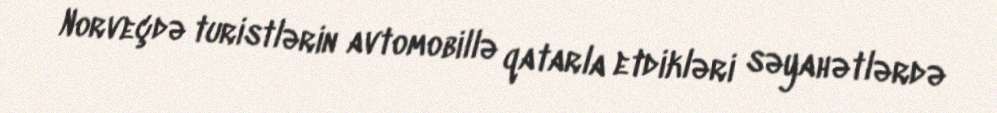
Norveçdə turistlərin avtomobillə qatarla etdikləri səyahətlərdə